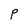
Character: P